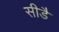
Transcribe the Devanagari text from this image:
सीडै